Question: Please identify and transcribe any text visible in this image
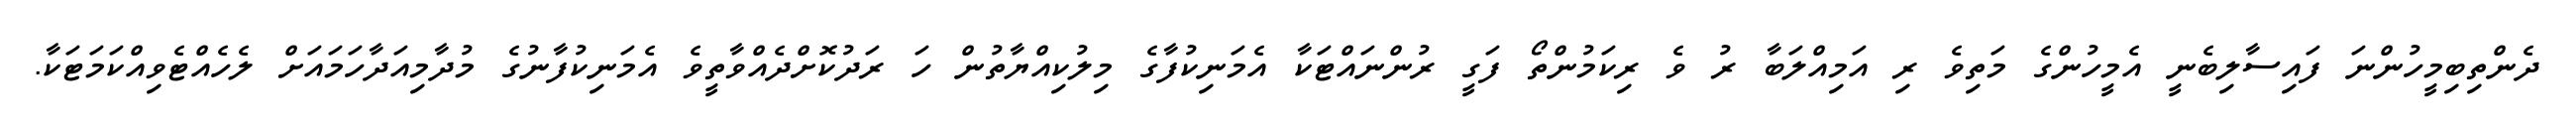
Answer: ދެންތިބިމީހުންނަ ފައިސާލިބެނީ އެމީހުންގެ މަތިވެ ރި އަމިއްލަބާ ރު ވެ ރިކަމުންތޯ ފަގީ ރުންނައްޓަކާ އެމަނިކުފާގެ މިލުކިއްޔާތުން ހަ ރަދުކޮށްދެއްވާތީވެ އެމަނިކުފާނުގެ މުދާމިއަދާހަމައަށް ލެހެއްޓެވިއްކަމަޓަކާ.